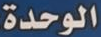
الوحدة